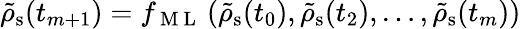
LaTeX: \tilde{\rho}_{\mathrm{s}}(t_{m+1})=f_{\mathrm{~M~L~}}\left(\tilde{\rho}_{\mathrm{s}}(t_{0}),\tilde{\rho}_{\mathrm{s}}(t_{2}),\dots,\tilde{\rho}_{\mathrm{s}}(t_{m})\right)